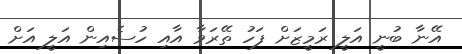
އޭނާ ބުނީ އަލީ ރަމީޒަށް ފަހު ތޭރަވާ އާއި ހުސެއިން އަލީ އަށް